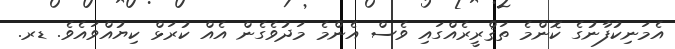
އެމަނިކުފާނުގެ ކޮންމެ ތަޤްރީރެއްގައި ވެސް އެންމެ މަދުވެގެން އެއް ކުރަޅް ކިޔުއްވައެވެ. ޑރ.